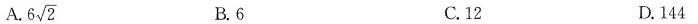
A $$6 \sqrt{2}$$ B.6 C.12 D.144